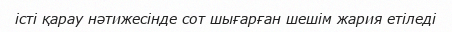
істі қарау нәтижесінде сот шығарған шешім жария етіледі